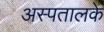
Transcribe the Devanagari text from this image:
अस्पतालके